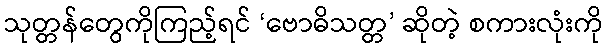
သုတ္တန်တွေကိုကြည့်ရင် ‘ဗောဓိသတ္တ’ ဆိုတဲ့ စကားလုံးကို